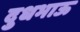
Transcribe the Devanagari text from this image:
दुधभाऊ